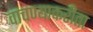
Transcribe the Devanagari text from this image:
वाचण्याकरीता